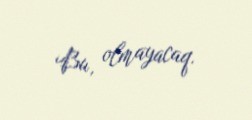
Bu, olmayacaq.